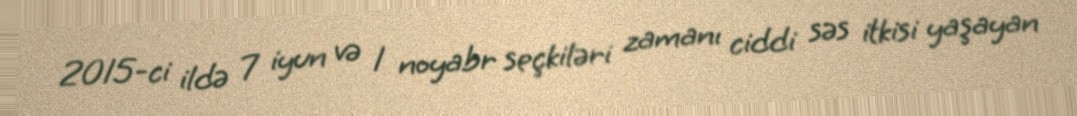
2015-ci ildə 7 iyun və 1 noyabr seçkiləri zamanı ciddi səs itkisi yaşayan